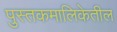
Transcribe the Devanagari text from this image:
पुस्तकमालिकेतील